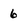
Character: 6